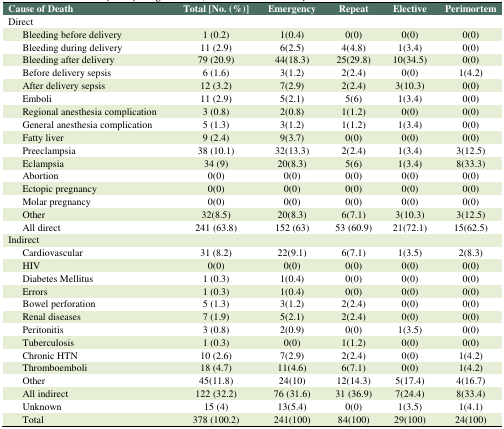
<table><thead><tr><td><b>Cause of Death</b></td><td><b>Total [No. (%)]</b></td><td><b>Emergency</b></td><td><b>Repeat</b></td><td><b>Elective</b></td><td><b>Perimortem</b></td></tr></thead><tbody><tr><td colspan="6">Direct</td></tr><tr><td>Bleeding before delivery</td><td>1 (0.2)</td><td>1(0.4)</td><td>0(0)</td><td>0(0)</td><td>0(0)</td></tr><tr><td>Bleeding during delivery</td><td>11 (2.9)</td><td>6(2.5)</td><td>4(4.8)</td><td>1(3.4)</td><td>0(0)</td></tr><tr><td>Bleeding after delivery</td><td>79 (20.9)</td><td>44(18.3)</td><td>25(29.8)</td><td>10(34.5)</td><td>0(0)</td></tr><tr><td>Before delivery sepsis</td><td>6 (1.6)</td><td>3(1.2)</td><td>2(2.4)</td><td>0(0)</td><td>1(4.2)</td></tr><tr><td>After delivery sepsis</td><td>12 (3.2)</td><td>7(2.9)</td><td>2(2.4)</td><td>3(10.3)</td><td>0(0)</td></tr><tr><td>Emboli</td><td>11 (2.9)</td><td>5(2.1)</td><td>5(6)</td><td>1(3.4)</td><td>0(0)</td></tr><tr><td>Regional anesthesia complication</td><td>3 (0.8)</td><td>2(0.8)</td><td>1(1.2)</td><td>0(0)</td><td>0(0)</td></tr><tr><td>General anesthesia complication</td><td>5 (1.3)</td><td>3(1.2)</td><td>1(1.2)</td><td>1(3.4)</td><td>0(0)</td></tr><tr><td>Fatty liver</td><td>9 (2.4)</td><td>9(3.7)</td><td>0(0)</td><td>0(0)</td><td>0(0)</td></tr><tr><td>Preeclampsia</td><td>38 (10.1)</td><td>32(13.3)</td><td>2(2.4)</td><td>1(3.4)</td><td>3(12.5)</td></tr><tr><td>Eclampsia</td><td>34 (9)</td><td>20(8.3)</td><td>5(6)</td><td>1(3.4)</td><td>8(33.3)</td></tr><tr><td>Abortion</td><td>0(0)</td><td>0(0)</td><td>0(0)</td><td>0(0)</td><td>0(0)</td></tr><tr><td>Ectopic pregnancy</td><td>0(0)</td><td>0(0)</td><td>0(0)</td><td>0(0)</td><td>0(0)</td></tr><tr><td>Molar pregnancy</td><td>0(0)</td><td>0(0)</td><td>0(0)</td><td>0(0)</td><td>0(0)</td></tr><tr><td>Other</td><td>32(8.5)</td><td>20(8.3)</td><td>6(7.1)</td><td>3(10.3)</td><td>3(12.5)</td></tr><tr><td>All direct</td><td>241 (63.8)</td><td>152 (63)</td><td>53 (60.9)</td><td>21(72.1)</td><td>15(62.5)</td></tr><tr><td colspan="6">Indirect</td></tr><tr><td>Cardiovascular</td><td>31 (8.2)</td><td>22(9.1)</td><td>6(7.1)</td><td>1(3.5)</td><td>2(8.3)</td></tr><tr><td>HIV</td><td>0(0)</td><td>0(0)</td><td>0(0)</td><td>0(0)</td><td>0(0)</td></tr><tr><td>Diabetes Mellitus</td><td>1 (0.3)</td><td>1(0.4)</td><td>0(0)</td><td>0(0)</td><td>0(0)</td></tr><tr><td>Errors</td><td>1 (0.3)</td><td>1(0.4)</td><td>0(0)</td><td>0(0)</td><td>0(0)</td></tr><tr><td>Bowel perforation</td><td>5 (1.3)</td><td>3(1.2)</td><td>2(2.4)</td><td>0(0)</td><td>0(0)</td></tr><tr><td>Renal diseases</td><td>7 (1.9)</td><td>5(2.1)</td><td>2(2.4)</td><td>0(0)</td><td>0(0)</td></tr><tr><td>Peritonitis</td><td>3 (0.8)</td><td>2(0.9)</td><td>0(0)</td><td>1(3.5)</td><td>0(0)</td></tr><tr><td>Tuberculosis</td><td>1 (0.3)</td><td>0(0)</td><td>1(1.2)</td><td>0(0)</td><td>0(0)</td></tr><tr><td>Chronic HTN</td><td>10 (2.6)</td><td>7(2.9)</td><td>2(2.4)</td><td>0(0)</td><td>1(4.2)</td></tr><tr><td>Thromboemboli</td><td>18 (4.7)</td><td>11(4.6)</td><td>6(7.1)</td><td>0(0)</td><td>1(4.2)</td></tr><tr><td>Other</td><td>45(11.8)</td><td>24(10)</td><td>12(14.3)</td><td>5(17.4)</td><td>4(16.7)</td></tr><tr><td>All indirect</td><td>122 (32.2)</td><td>76 (31.6)</td><td>31 (36.9)</td><td>7(24.4)</td><td>8(33.4)</td></tr><tr><td>Unknown</td><td>15 (4)</td><td>13(5.4)</td><td>0(0)</td><td>1(3.5)</td><td>1(4.1)</td></tr><tr><td>Total</td><td>378 (100.2)</td><td>241(100)</td><td>84(100)</td><td>29(100)</td><td>24(100)</td></tr></tbody></table>